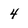
Character: 4